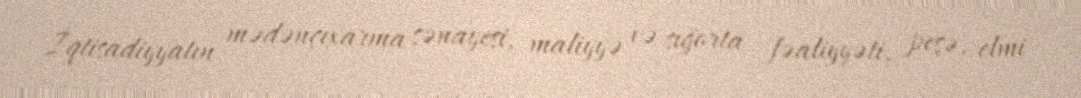
İqtisadiyyatın mədənçıxarma sənayesi, maliyyə və sığorta fəaliyyəti, peşə, elmi